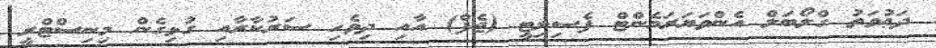
ދަޢުވަތު ގްލޯބަލް އެންވަޔަރަމެންޓް ފެސިލިޓީ (ޖެފް) އާއި ދިވެހި ސަރުކާރާއި ގުޅިގެން މިނިސްޓްރީ